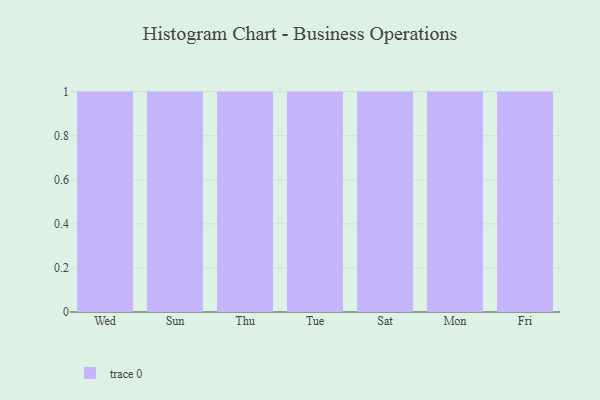
{"axis": {"x": "Day", "y": "Revenue (USD Million)"}, "legend": [""], "data": [{"x": "Wed", "y": 60, "type": ""}, {"x": "Sun", "y": 80, "type": ""}, {"x": "Thu", "y": 91, "type": ""}, {"x": "Tue", "y": 100, "type": ""}, {"x": "Sat", "y": 92, "type": ""}, {"x": "Mon", "y": 49, "type": ""}, {"x": "Fri", "y": 29, "type": ""}]}